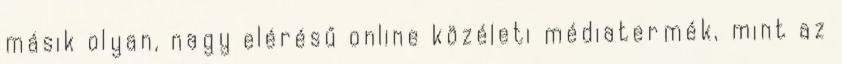
másik olyan, nagy elérésű online közéleti médiatermék, mint az